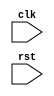
module behavioral_modeling_block (
    input clk,
    input rst,
    // other inputs and outputs
);

always @ (posedge clk or negedge rst)
begin
    // code to be executed on positive edge of clk or negative edge of rst
end

// other code
endmodule